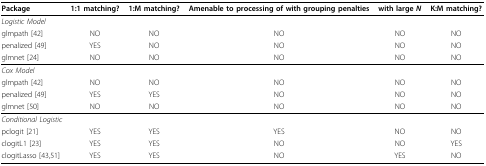
| Package | 1:1 matching? | 1:M matching? | Amenable to processing of with grouping penalties | with large N | K:M matching? |
 | --- | --- | --- | --- | --- | --- |
 | <COLSPAN=6> Logistic Model |
 | glmpath [42] | NO | NO | NO | NO | NO |
 | penalized [49] | YES | NO | NO | NO | NO |
 | glmnet [24] | NO | NO | NO | NO | NO |
 | <COLSPAN=6> Cox Model |
 | glmpath [42] | NO | NO | NO | NO | NO |
 | penalized [49] | YES | YES | NO | NO | NO |
 | glmnet [50] | NO | NO | NO | NO | NO |
 | <COLSPAN=6> Conditional Logistic |
 | pclogit [21] | YES | YES | YES | NO | NO |
 | clogitL1 [23] | YES | YES | NO | NO | YES |
 | clogitLasso [43,51] | YES | YES | NO | YES | NO |